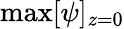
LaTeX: \operatorname*{max}[\psi]_{z=0}